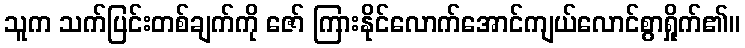
သူက သက်ပြင်းတစ်ချက်ကို ဇော် ကြားနိုင်လောက်အောင်ကျယ်လောင်စွာရှိုက်၏။